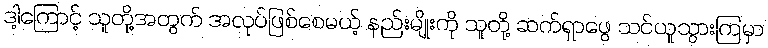
ဒါ့ကြောင့် သူတို့အတွက် အလုပ်ဖြစ်စေမယ့် နည်းမျိုးကို သူတို့ ဆက်ရှာဖွေ သင်ယူသွားကြမှာ